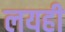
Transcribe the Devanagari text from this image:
लयही